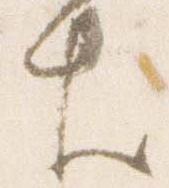
生